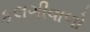
કલગીવાળો